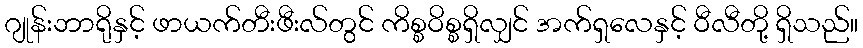
ဂျုန်းဘာရိုနှင့် ဖာယက်တီးဖီးလ်တွင် ကိစ္စဝိစ္စရှိလျှင် အက်ရှလေနှင့် ဝီလီတို့ ရှိသည်။